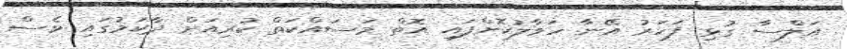
އަލްސާ ގުޅި ފަހަރު އޭނާ ހަވާލުކޮށްފައި އޮތް މަސައްކަތް ކުރިއަށް ދާކަމުގައި ވެސް